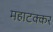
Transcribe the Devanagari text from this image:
महाटक्कर